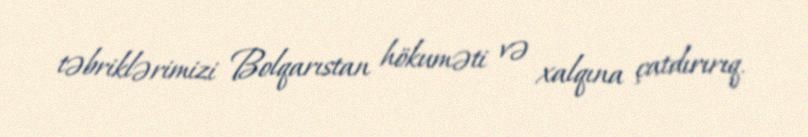
təbriklərimizi Bolqarıstan hökuməti və xalqına çatdırırıq.